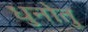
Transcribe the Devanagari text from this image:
धुनोतु